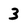
Character: 3